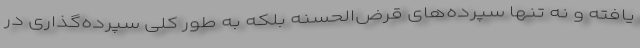
یافته و نه تنها سپرده‌های قرض‌الحسنه بلکه به طور کلی سپرده‌گذاری در